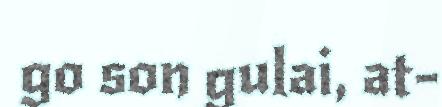
go son gulai, at-